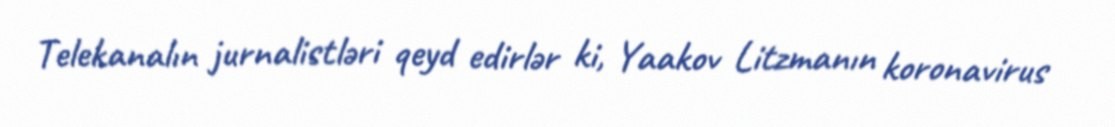
Telekanalın jurnalistləri qeyd edirlər ki, Yaakov Litzmanın koronavirus